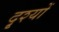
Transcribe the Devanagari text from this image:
दृ्श्यों